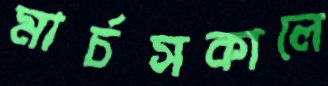
মার্চসকালে